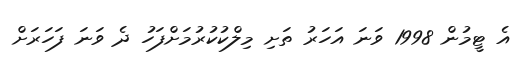
އެ ޓީމުން 1998 ވަނަ އަހަރު ތަށި މިލްކުކުރުމަށްފަހު ދެ ވަނަ ފަހަރަށް